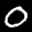
Label: 0